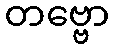
တဗ္ဗော